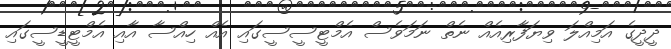
ދީދީގެ އަމިއްލަ ވިޔަފާރިއެއް ނެތް ނަމަވެސް އެމްޓީސީސީގައި އެއް ހިއްސާ އާއި އެމްޓީޑީސީގައި